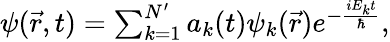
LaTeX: \begin{array}{r}{\psi(\vec{r},t)=\sum_{k=1}^{N^{\prime}}a_{k}(t)\psi_{k}(\vec{r})e^{-\frac{iE_{k}t}{\hbar}},}\end{array}